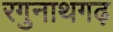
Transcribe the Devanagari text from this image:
रगुनाथगढ़